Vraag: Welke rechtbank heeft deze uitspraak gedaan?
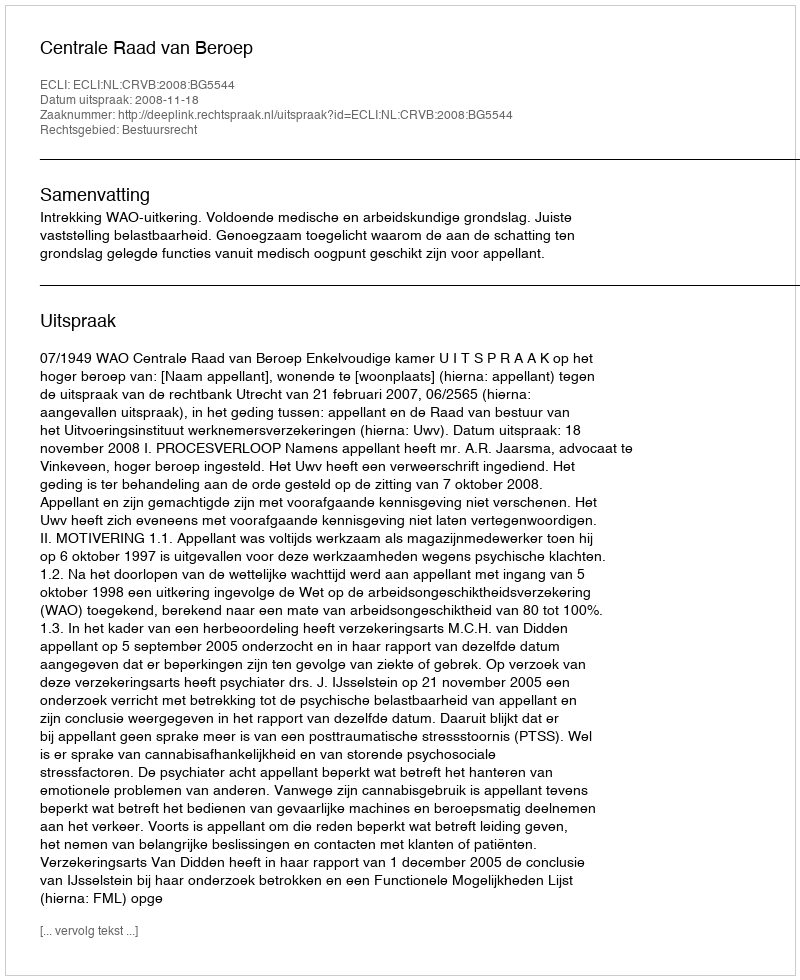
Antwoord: Centrale Raad van Beroep